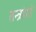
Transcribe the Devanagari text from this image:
तन्त्रांशों